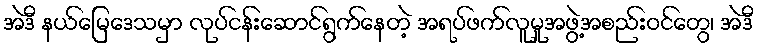
အဲဒီ နယ်မြေဒေသမှာ လုပ်ငန်းဆောင်ရွက်နေတဲ့ အရပ်ဖက်လူမှုအဖွဲ့အစည်းဝင်တွေ၊ အဲဒီ